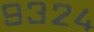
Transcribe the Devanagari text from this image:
९३२४